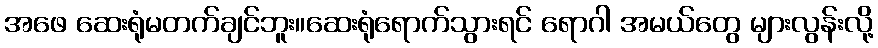
အဖေ ဆေးရုံမတက်ချင်ဘူး။ဆေးရုံရောက်သွားရင် ရောဂါ အမယ်တွေ များလွန်းလို့